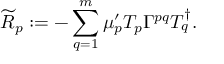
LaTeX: { \widetilde { R } } _ { p } : = - \sum _ { q = 1 } ^ { m } \mu _ { p } ^ { \prime } T _ { p } \Gamma ^ { p q } T _ { q } ^ { \dag } .